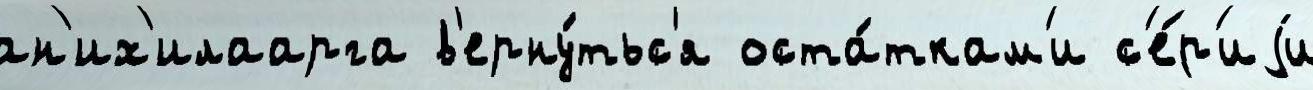
ан'их'илаарга в'ерну́тьс'я оста́ткам'и с'е́р'иjи